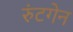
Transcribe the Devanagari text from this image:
रुंटगेन